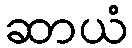
ဆာယံ